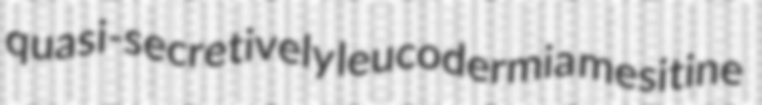
quasi-secretively leucodermia mesitine